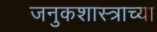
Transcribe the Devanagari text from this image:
जनुकशास्त्राच्या